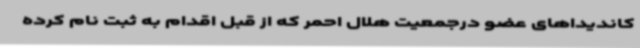
کاندیداهای عضو درجمعیت هلال احمر که از قبل اقدام به ثبت نام کرده